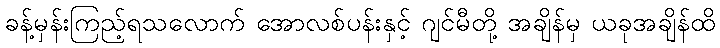
ခန့်မှန်းကြည့်ရသလောက် အောလစ်ပန်းနှင့် ဂျင်မီတို့ အချိန်မှ ယခုအချိန်ထိ